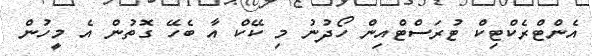
އެންޓްރެކްޓިކް ޓުރަސްޓްއިން ހޯދުނު މި ކޭކް އާ ބެހޭ ގޮތުން އެ މީހުން